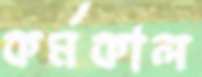
কর্মকাল